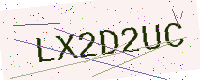
Text: LX2D2UC